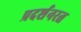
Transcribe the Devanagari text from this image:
प्रदर्शनरत